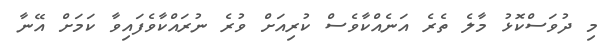
މި ދުވަސްކޮޅު މާލެ ތެރެ އަނެއްކާވެސް ކުރިއަށް ވުރެ ނުރައްކާވެފައިވާ ކަމަށް އޭނާ